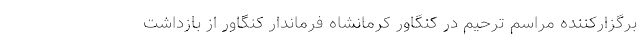
برگزارکننده مراسم ترحیم در کنگاور کرمانشاه فرماندار کنگاور از بازداشت